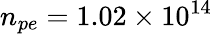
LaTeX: n_{pe}=1.02\times 10^{14}